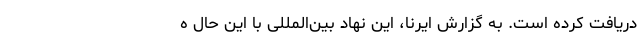
دریافت کرده است. به گزارش ایرنا، این نهاد بین‌المللی با این حال ه